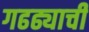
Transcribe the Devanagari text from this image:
गढढ्याची